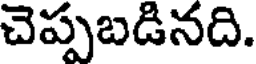
చెప్పబడినది.